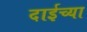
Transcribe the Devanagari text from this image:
दाईच्या